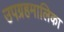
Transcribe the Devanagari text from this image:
उपग्रहमालिका